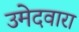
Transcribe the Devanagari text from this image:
उमेदवारा